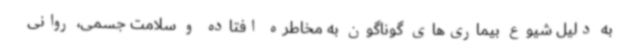
به دلیل شیوع بیماری‌های گوناگون به مخاطره افتاده و سلامت جسمی، روانی